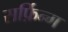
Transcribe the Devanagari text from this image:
सर्फ़िन्ग